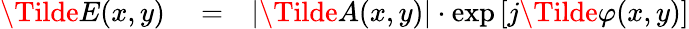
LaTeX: \begin{array}{rlr}{\Tilde{E}(x,y)}&{{}=}&{\left|\Tilde{A}(x,y)\right|\cdot\exp\left[j\Tilde{\varphi}(x,y)\right]}\end{array}